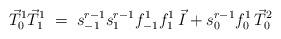
LaTeX: \begin{align*}\vec{T}_0^1\vec{T}_1^1\;=\;s_{-1}^{r-1}s_{1}^{r-1}f_{-1}^1f_{1}^1\,\vec{I}+s_0^{r-1}f_0^1\,\vec{T}_0^2\end{align*}